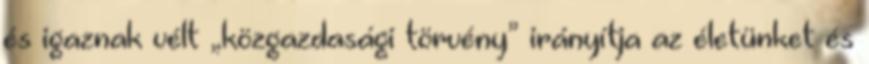
és igaznak vélt „közgazdasági törvény” irányítja az életünket és